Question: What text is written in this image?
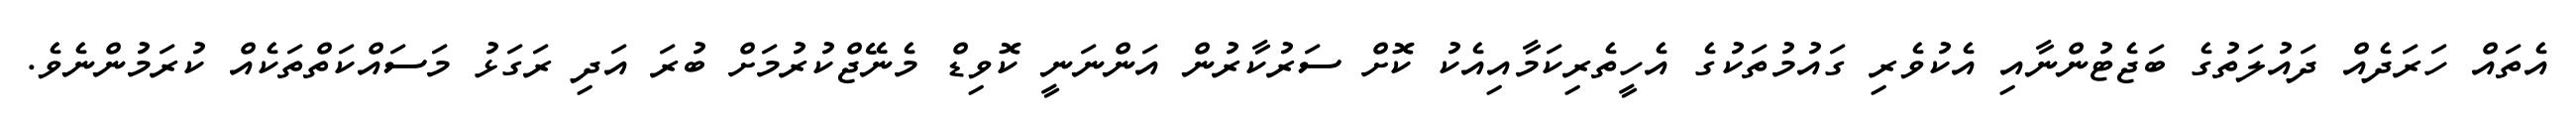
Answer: އެތައް ހަރަދެއް ދައުލަތުގެ ބަޖެޓުންނާއި އެކުވެރި ގައުމުތަކުގެ އެހީތެރިކަމާއިއެކު ކޮށް ސަރުކާރުން އަންނަނީ ކޮވިޑް މެނޭޖްކުރުމަށް ބުރަ އަދި ރަގަޅު މަސައްކަތްތަކެއް ކުރަމުންނެވެ.